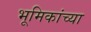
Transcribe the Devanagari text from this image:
भूमिकांच्या